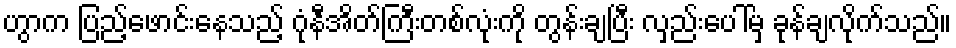
ဟွာက ပြည့်ဖောင်းနေသည့် ဂုံနီအိတ်ကြီးတစ်လုံးကို တွန်းချပြီး လှည်းပေါ်မှ ခုန်ချလိုက်သည်။